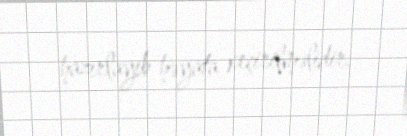
hazırlayıb həyata keçirilməlidir.